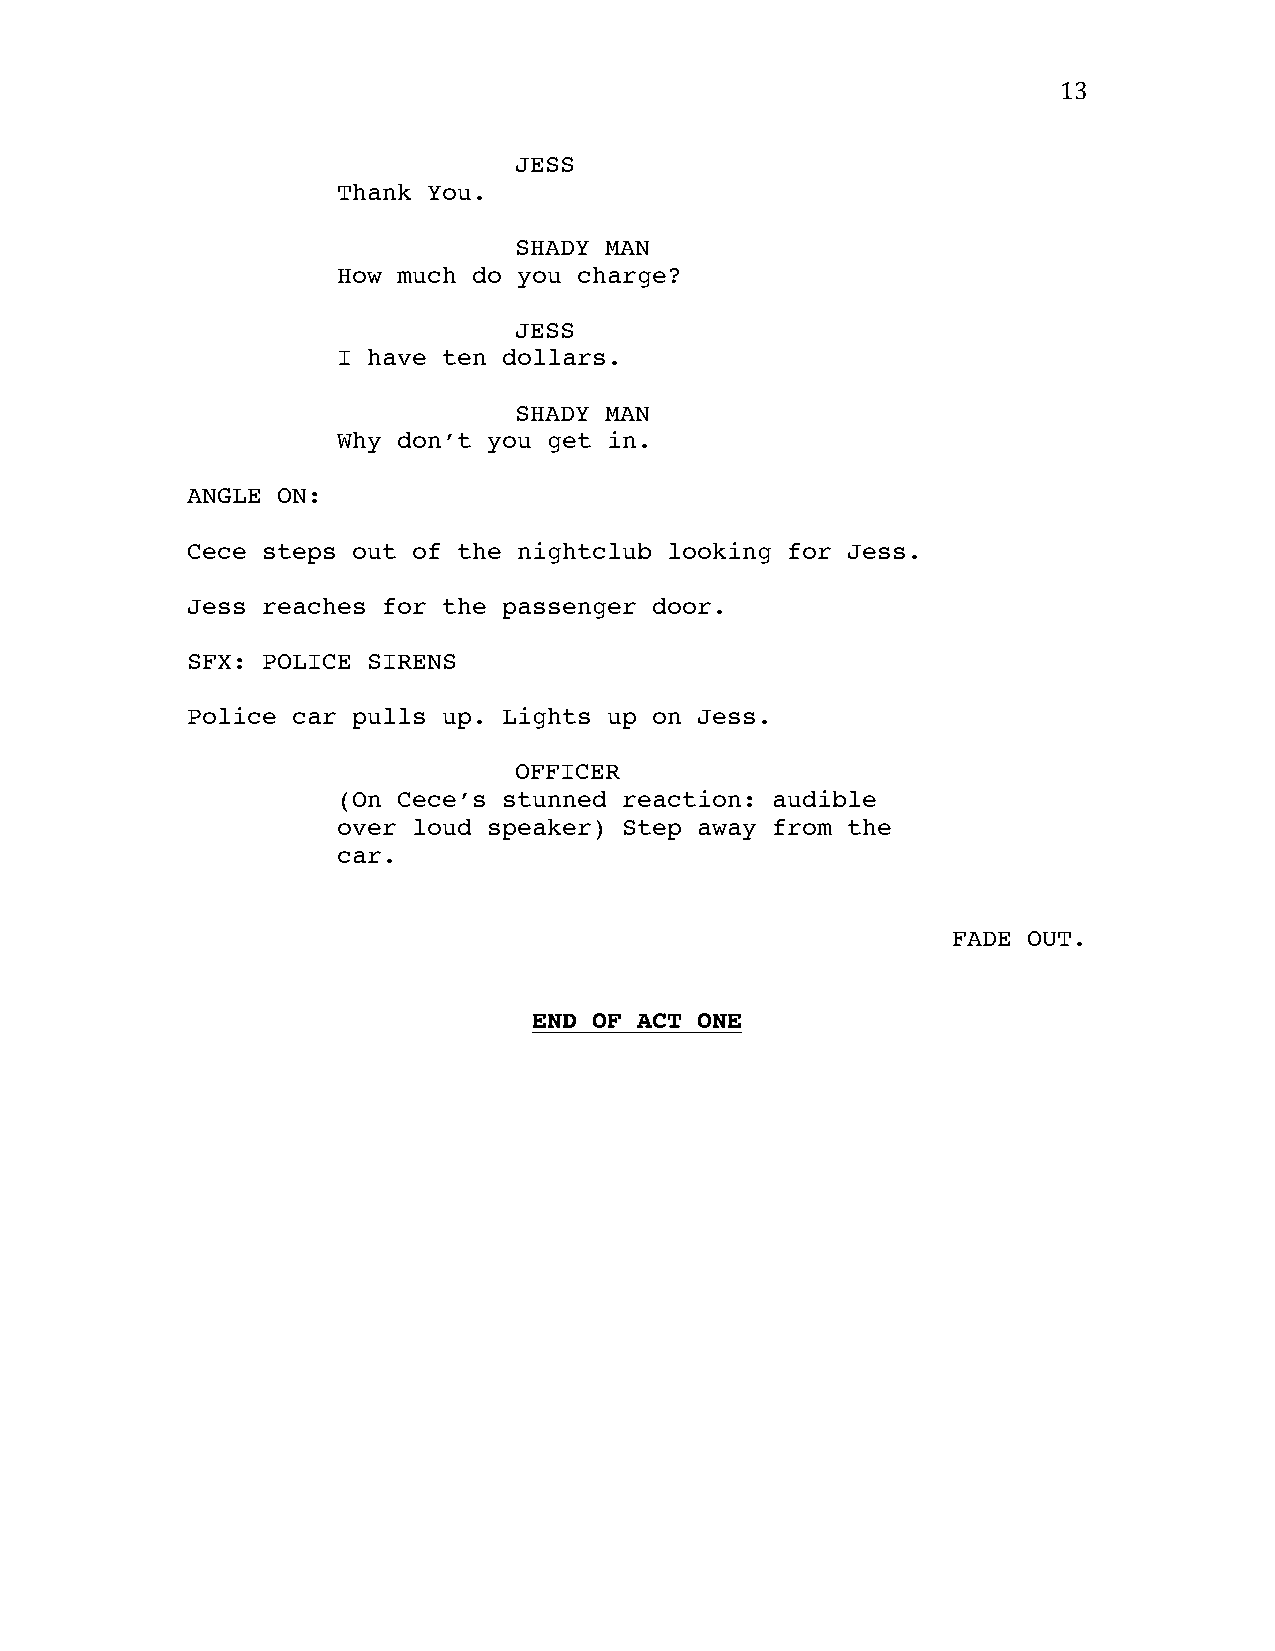
13
 JESS
 Thank You.
 SHADY MAN
 How much do you charge?
 JESS
 I have ten dollars.
 SHADY MAN
 Why don’t you get in.
 ANGLE ON:
 Cece steps out of the nightclub looking for Jess.
 Jess reaches for the passenger door.
 SFX: POLICE SIRENS
 Police car pulls up. Lights up on Jess.
 OFFICER
 (On Cece’s stunned reaction: audible
 over loud speaker) Step away from the
 car.
 FADE OUT.
 END OF ACT ONE